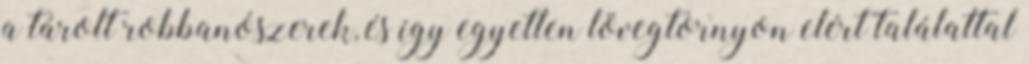
a tárolt robbanószerek, és így egyetlen lövegtornyon elért találattal